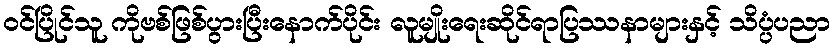
ဝင်ပြိုင်သူ ကိုဗစ်ဖြစ်ပွားပြီးနောက်ပိုင်း လူမျိုးရေးဆိုင်ရာပြဿနာများနှင့် သိပ္ပံပညာ